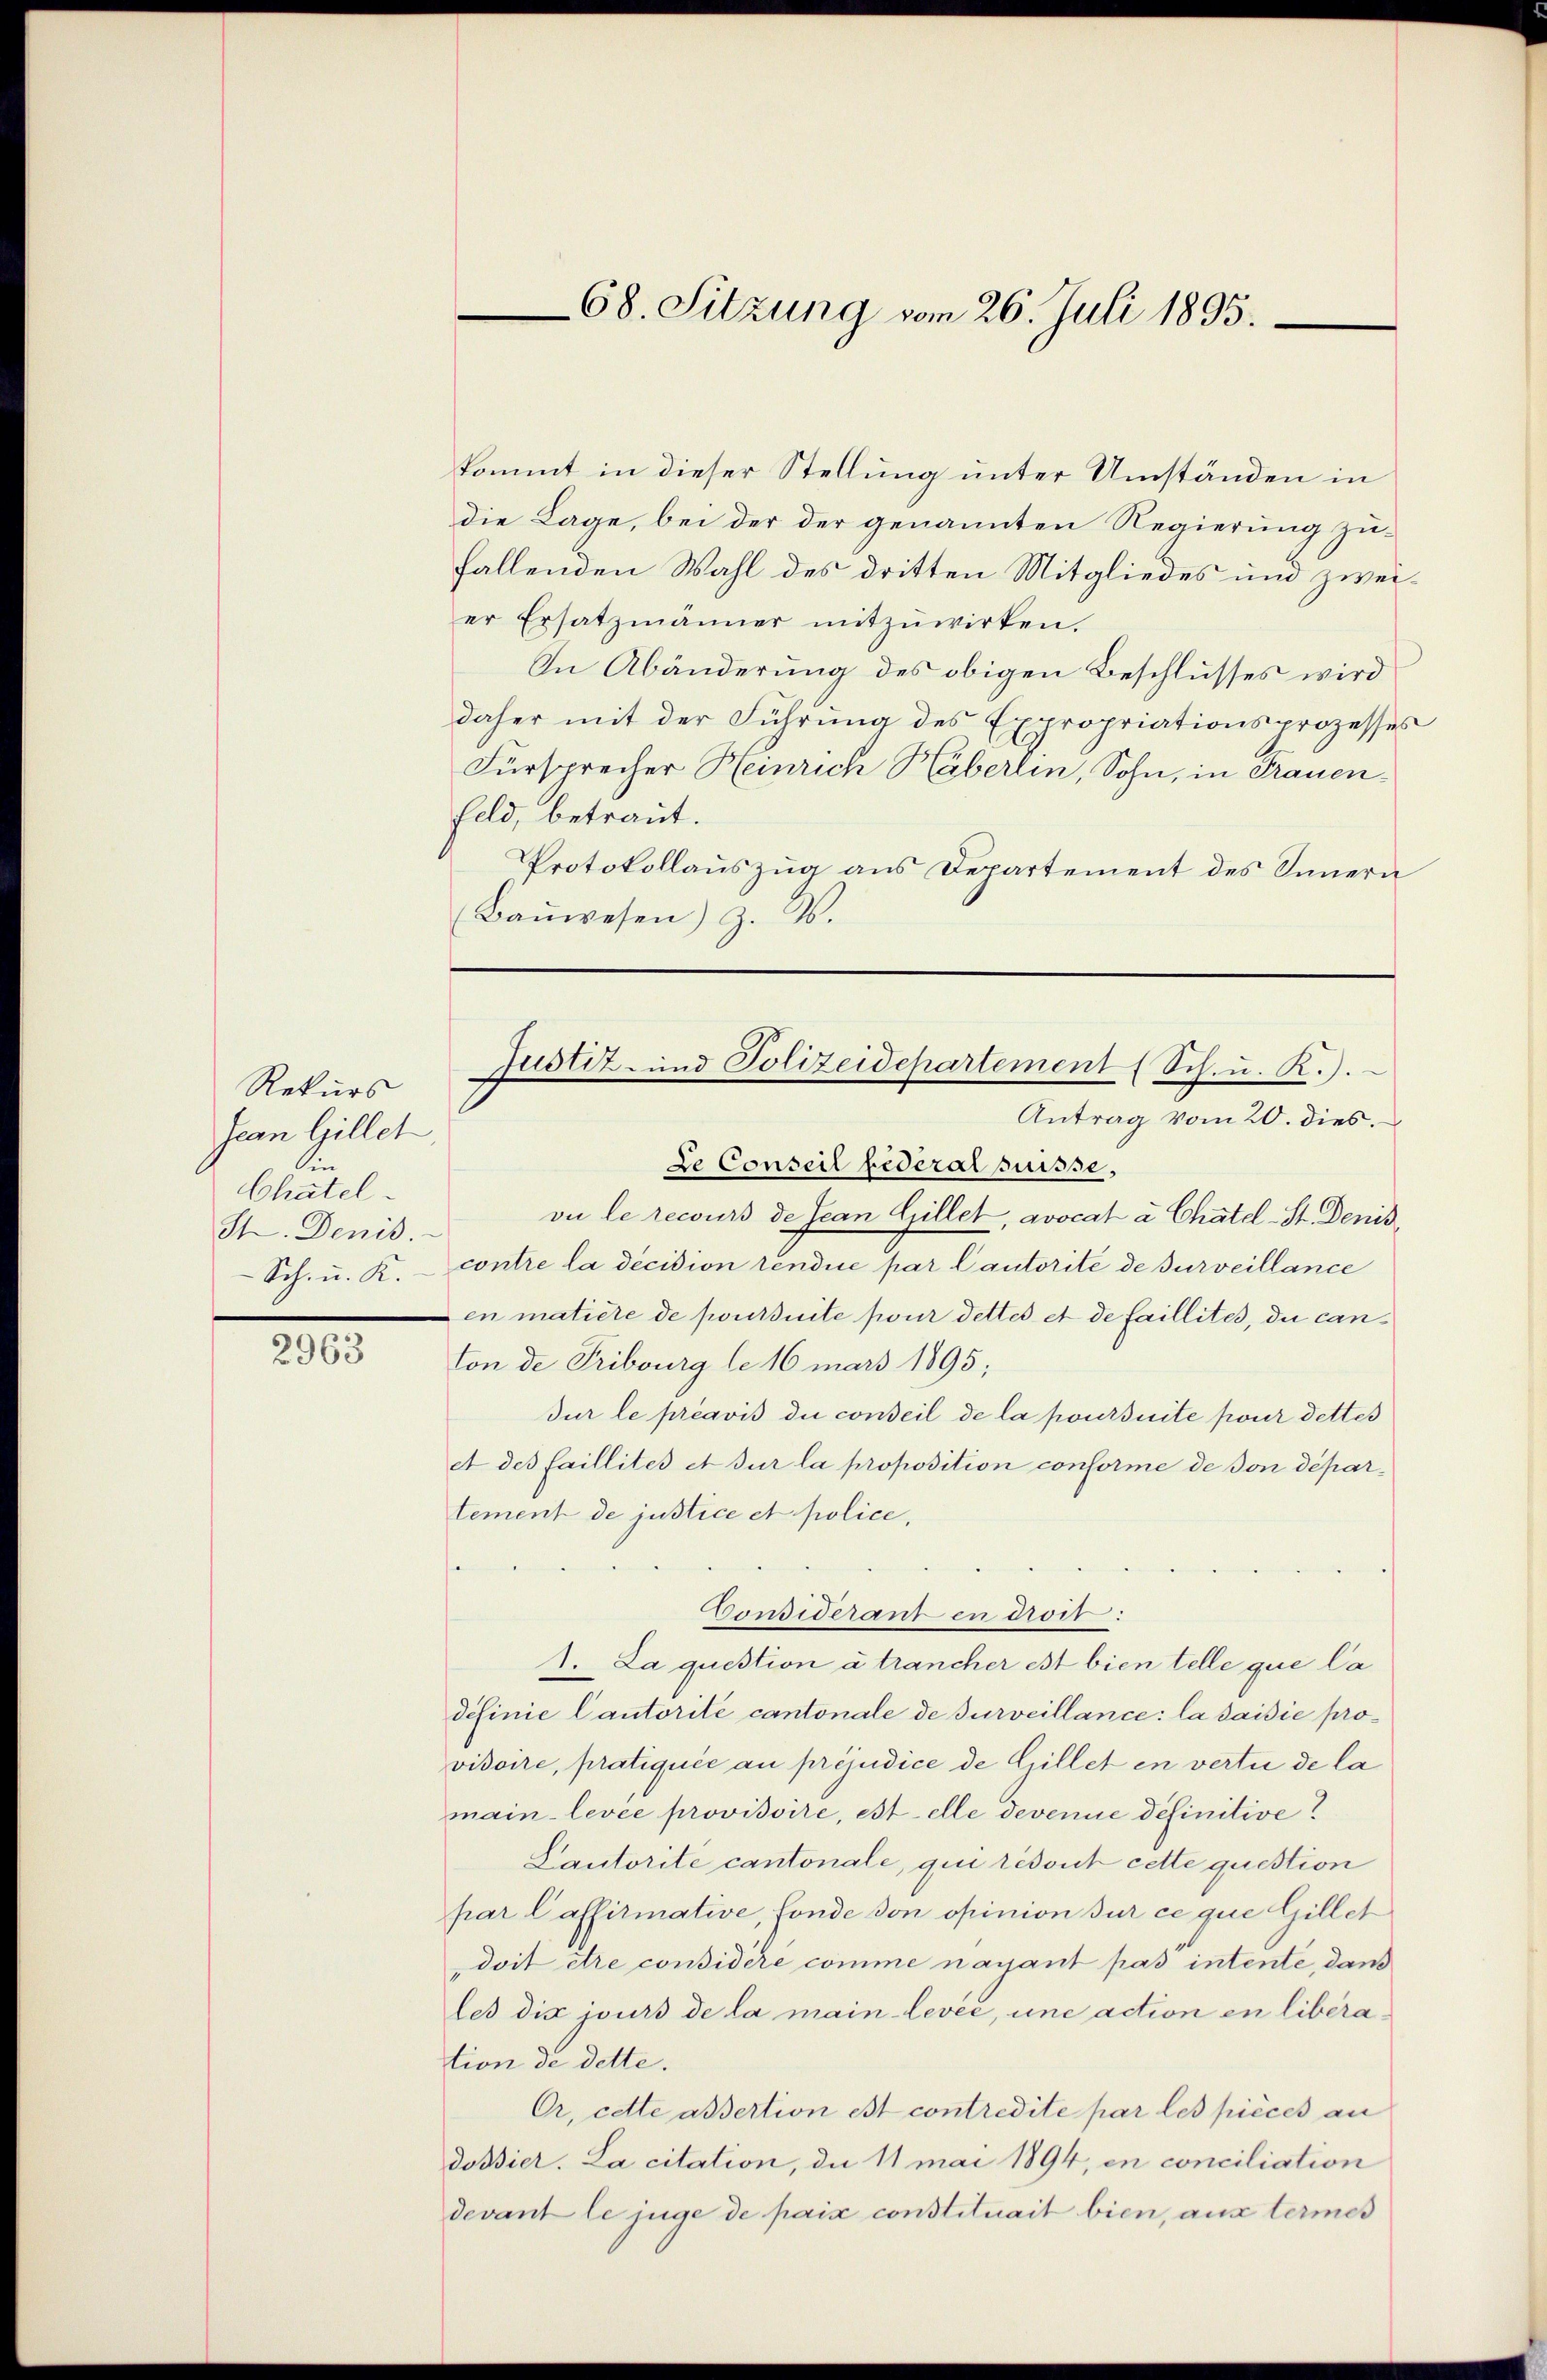
Rekurs
Jean Gillet
in
Chatel
I. Denis.
Sch. u. K.

2963

kommt in dieser Stellung unter Umständen in
die Lage, bei der der genannten Regierung zufallenden Wahl des dritten Mitgliedes und zweier Ersatzmänner mitzuwirken.
In Abänderung des obigen Beschlusses wird
daher mit der Führung des Expropriationsprozesses
Fürsprecher Heinrich Häberlin, Sohn, in Frauen¬
Feld, betraut.
Protokollauszug aus Departement des Innern
Baŭwesen) z. B.

68. Sitzung vom 26. Juli 1895.

Justiz- und Polizeidepartement (Sch. u. R.).
Antrag vom 20. dies.

Le Conseil federal suisse,
vu le recours de Jean Gillet, avocat à Chätel-St. Denis
contre la decision rendice par Cautorité de surveillance
en matière de poursuite pour dettes et de faillites, du can¬
Von de Fribourg le 16 mars 1895;
dur le préavis die conseil de la poursuite pour dettes
et des faillités et sur la proposition conforme de son département de justice et police,
Considerant en droit:
1. La question à trancher ist bien telle que la
definie Cautorité cantonale de surveillance: la saisie provisoire, pratiquie an préjudice de Gillet en vertu de la
main-levée provisoire, estelle devenue definitive
Lautorite cantonale, qui résout cette question
par laffirmative, fonde von opinion sur ce que Gillet
doit être considère comme nayant pas intente, dans
les dix jours de la main-levée, und action en liberation de dette.
Or, cette assertion est contredite par les pièces an
dossier. La citation, da 11 mai 1894, en conciliation
devant le juge de paix constituait bien, aus termes